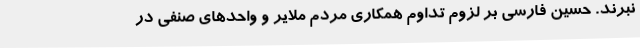
نبرند. حسین فارسی بر لزوم تداوم همکاری مردم ملایر و واحدهای صنفی در